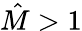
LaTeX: \hat{{M}}>1